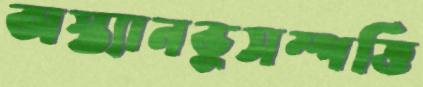
অস্ত্যানভূসম্পত্তি